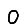
Digit: 0